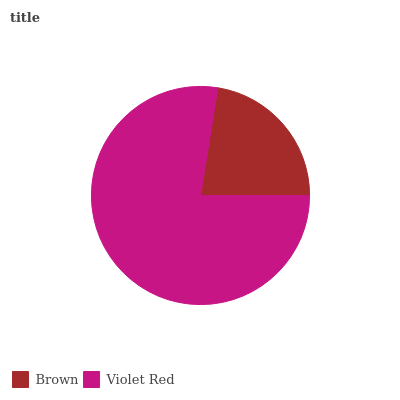
| Brown | Violet Red |
 | --- | --- |
 | 22.5% | 77.5% |